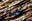
رحيلها